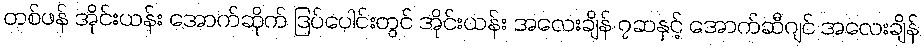
တစ်ဖန် အိုင်းယန်း အောက်ဆိုက် ဒြပ်ပေါင်းတွင် အိုင်းယန်း အလေးချိန် ၇ဆနှင့် အောက်ဆီဂျင် အလေးချိန်